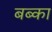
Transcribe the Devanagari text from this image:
बब्का